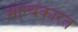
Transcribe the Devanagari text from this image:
मान्यकारत